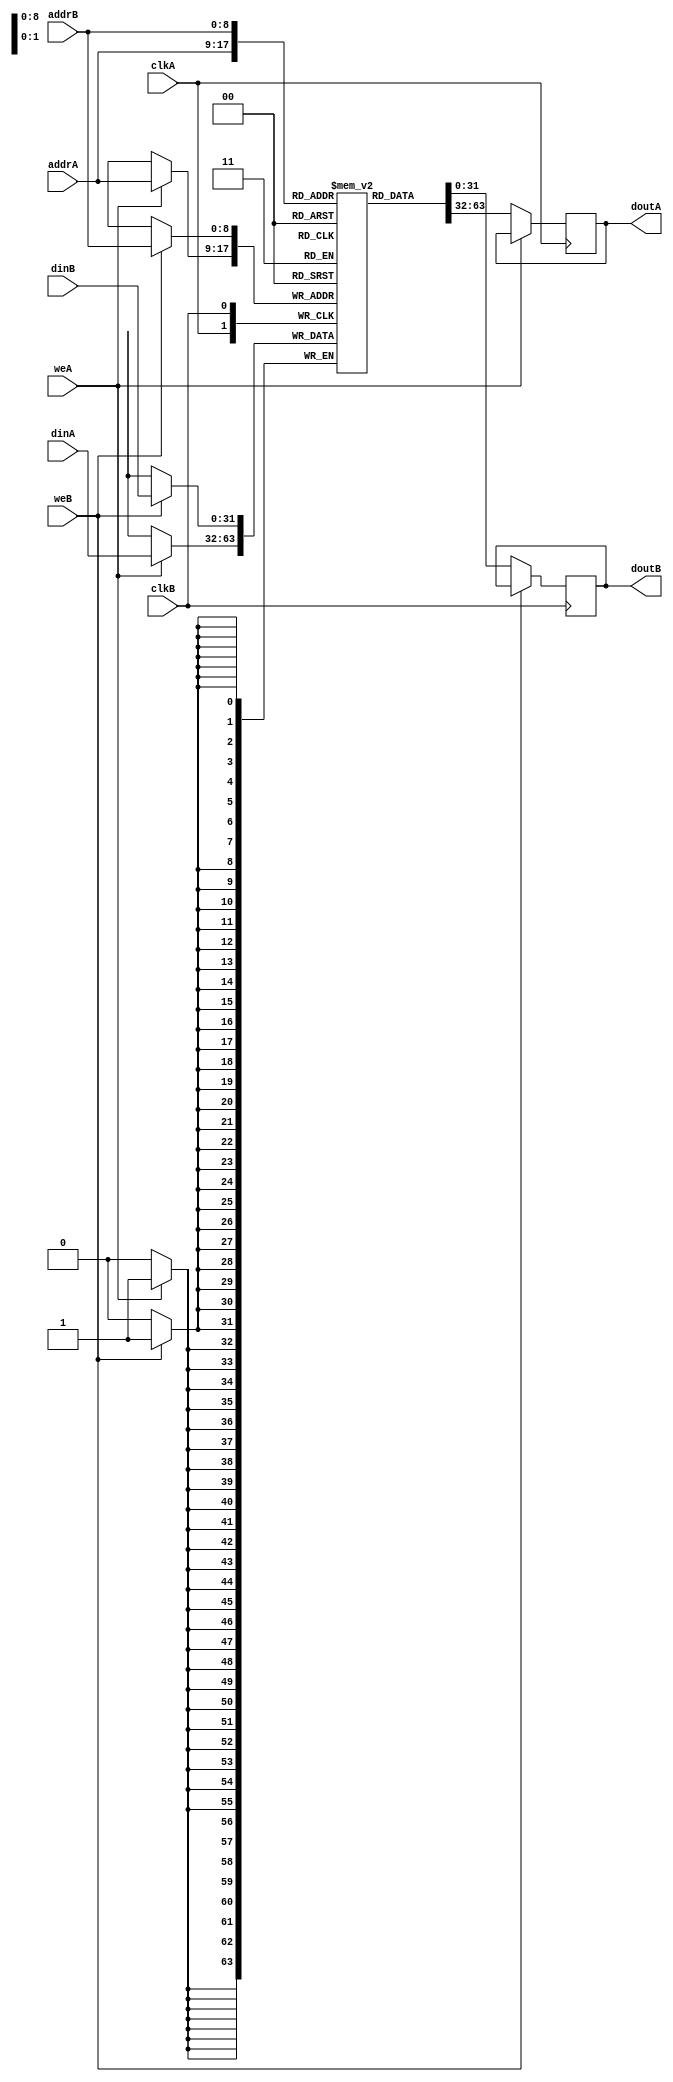
module ram_true_dp_dc_512x32_logic (clkA, clkB, weA, weB, addrA, addrB, dinA, dinB, doutA, doutB);
    input clkA, clkB, weA, weB;
    input [8:0] addrA, addrB;
    input [31:0] dinA, dinB;
    output reg [31:0] doutA, doutB;
    
    (* ram_style = "block" *)
    reg [31:0] ram [511:0];
    always @(posedge clkA)
    begin
        if (weA)
            ram[addrA] <= dinA;
        else
            doutA <= ram[addrA];
    end
    always @(posedge clkB)
    begin
        if (weB)
            ram[addrB] <= dinB;
        else
            doutB <= ram[addrB];
    end

endmodule